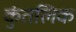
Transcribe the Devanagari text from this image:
कुंतलिक